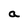
Character: a